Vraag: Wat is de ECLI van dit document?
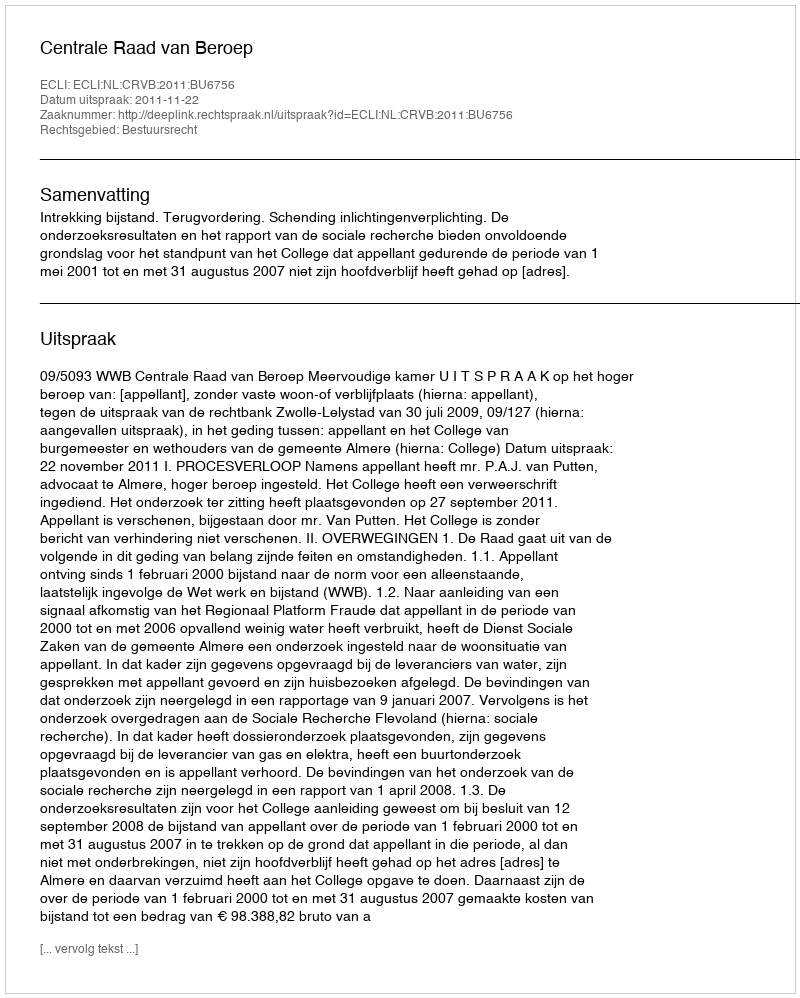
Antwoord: ECLI:NL:CRVB:2011:BU6756